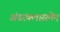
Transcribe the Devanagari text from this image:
अंडरक्लासमेन